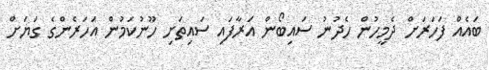
ބައެއް ފަހަރަށް ދެމީހުން ހެދުނު ސައިބޯން އަރާފައި ސައިތަށި ހޫނުކަމުން އަހަރެންގެ ގަޔަށް